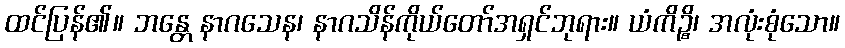
ထင်ပြန်၏။ ဘန္တေ နာဂသေန၊ နာဂသိန်ကိုယ်တော်အရှင်ဘုရား။ ယံကိဉ္စိ၊ အလုံးစုံသော။